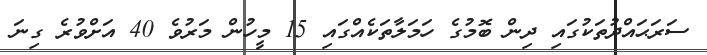
ސަރަޙައްދުތަކުގައި ދިން ބޮމުގެ ހަމަލާތަކެއްގައި 15 މީހުން މަރުވެ 40 އަށްވުރެ ގިނަ